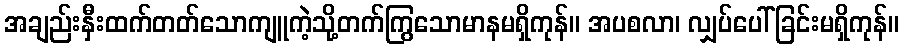
အချည်းနှီးထက်တတ်သောကျူကဲ့သို့တက်ကြွသောမာနမရှိကုန်။ အပစလာ၊ လျှပ်ပေါ်ခြင်းမရှိကုန်။